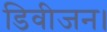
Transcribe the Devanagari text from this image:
डिवीजन।